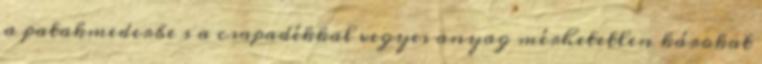
a patakmederbe s a csapadékkal vegyes anyag mérhetetlen károkat